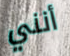
أنني